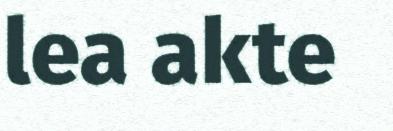
lea akte